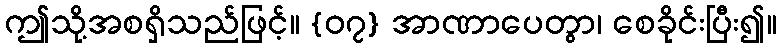
ဤသို့အစရှိသည်ဖြင့်။ {၀၇} အာဏာပေတွာ၊ စေခိုင်းပြီး၍။